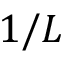
1 / L